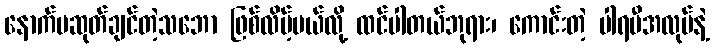
နောက်မဆုတ်ချင်တဲ့သဘော ဖြစ်လိမ့်မယ်လို့ ထင်ပါတယ်ဘုရား၊ ကောင်းတဲ့ ပါရမီအလုပ်နဲ့